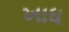
ખાધ